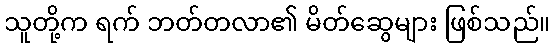
သူတို့က ရက် ဘတ်တလာ၏ မိတ်ဆွေများ ဖြစ်သည်။